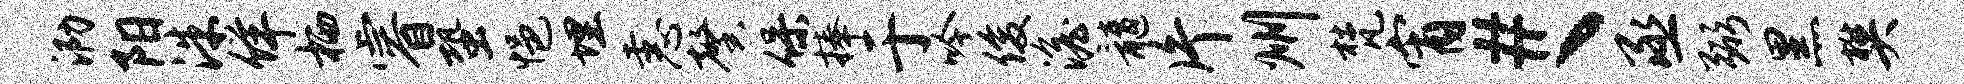
泐阳洙佯栖睿蛩悒埋恚馨保捧于吟俊澹髓片州梵宵#丶丞弼黑樊